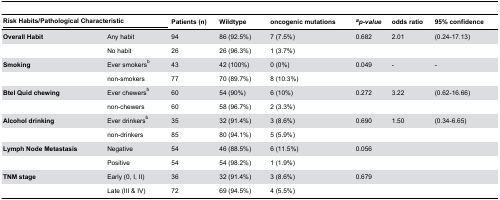
| <COLSPAN=2> Risk Habits/Pathological Characteristic | Patients (n) | Wildtype | oncogenic mutations | ap-value | odds ratio | 95% confidence |
 | --- | --- | --- | --- | --- | --- | --- | --- |
 | Overall Habit | Any habit | 94 | 86 (92.5%) | 7 (7.5%) | 0.682 | 2.01 | (0.24-17.13) |
 |  | No habit | 26 | 26 (96.3%) | 1 (3.7%) |  |  |  |
 | Smoking | Ever smokersb | 43 | 42 (100%) | 0 (0%) | 0.049 | - | - |
 |  | non-smokers | 77 | 70 (89.7%) | 8 (10.3%) |  |  |  |
 | Btel Quid chewing | Ever chewersb | 60 | 54 (90%) | 6 (10%) | 0.272 | 3.22 | (0.62-16.66) |
 |  | non-chewers | 60 | 58 (96.7%) | 2 (3.3%) |  |  |  |
 | Alcohol drinking | Ever drinkersb | 35 | 32 (91.4%) | 3 (8.6%) | 0.690 | 1.50 | (0.34-6.65) |
 |  | non-drinkers | 85 | 80 (94.1%) | 5 (5.9%) |  |  |  |
 | Lymph Node Metastasis | Negative | 54 | 46 (88.5%) | 6 (11.5%) | 0.056 |  |  |
 |  | Positive | 54 | 54 (98.2%) | 1 (1.9%) |  |  |  |
 | TNM stage | Early (0, I, II) | 36 | 32 (91.4%) | 3 (8.6%) | 0.679 |  |  |
 |  | Late (III & IV) | 72 | 69 (94.5%) | 4 (5.5%) |  |  |  |